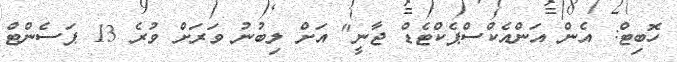
ހޮބިޓް: އެން އަންއެކްސްޕެކްޓެޑް ޖާނީ" އަށް ލިބުނު ވަރަށް ވުރެ 13 ޕަސެންޓް